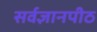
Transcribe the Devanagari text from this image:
सर्वज्ञानपीठ